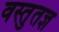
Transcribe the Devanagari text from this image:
वस्तुतज्ञ